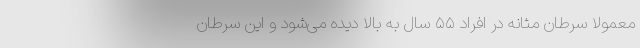
معمولا سرطان مثانه در افراد ۵۵ سال به بالا دیده می‌شود و این سرطان